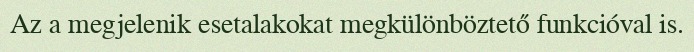
Az a megjelenik esetalakokat megkülönböztető funkcióval is.